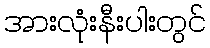
အားလုံးနီးပါးတွင်